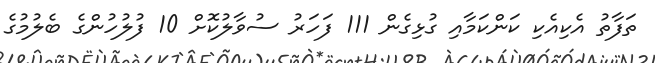
ތަފާތު އެކިއެކި ކަންކަމާއި ގުޅިގެން 111 ފަހަރު ސުވާލުކޮށް 10 ފުލުހުންގެ ބެލުމުގެ